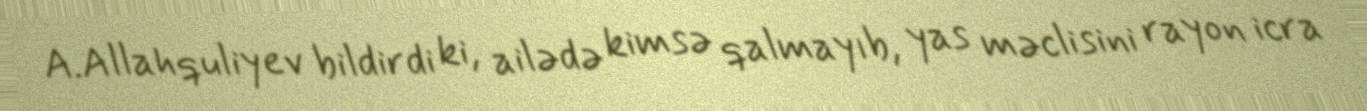
A.Allahquliyev bildirdi ki, ailədə kimsə qalmayıb, yas məclisini rayon icra